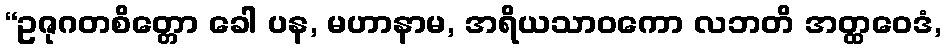
“ဥဇုဂတစိတ္တော ခေါ ပန, မဟာနာမ, အရိယသာဝကော လဘတိ အတ္ထဝေဒံ,